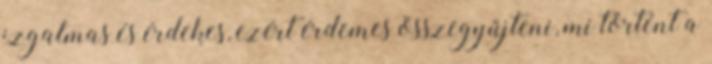
izgalmas és érdekes, ezért érdemes összegyűjteni, mi történt a